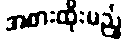
အစားထိုးမည့်